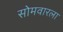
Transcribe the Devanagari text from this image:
सोमवारला